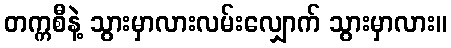
တက္ကစီနဲ့ သွားမှာလားလမ်းလျှောက် သွားမှာလား။